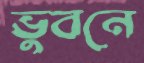
ভুবনে